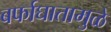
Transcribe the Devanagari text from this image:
बर्फाघातामुळे